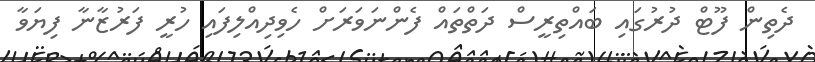
ދެތިން ފޫޓް ދުރުގައި ބައްތިރީސް ދަތްތައް ފެންނަވަރަށް ހެވިދިއްލިފައި ހުރީ ފަރުޒާނާ ފިޔަވާ